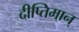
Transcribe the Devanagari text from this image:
दीप्तिमान्